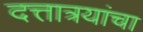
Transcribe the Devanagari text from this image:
दत्तात्रयांचा